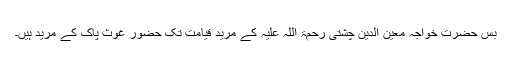
بس حضرت خواجہ معین الدین چشتی رحمۃ اللہ علیہ کے مرید قیامت تک حضور غوثِ پاک کے مرید ہیں۔